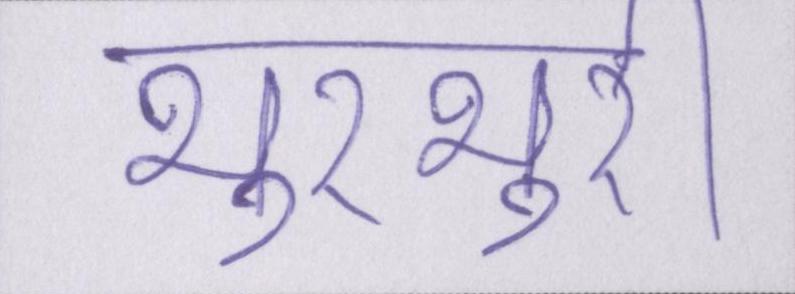
भुरभुरी